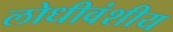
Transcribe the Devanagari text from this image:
लोधीवंशीय